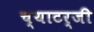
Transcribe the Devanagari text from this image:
च्याटर्जी